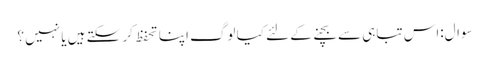
سوال:اس تباہی سے بچنے کے لئے کیا لوگ اپنا تحفظ کر سکتے ہیں یا نہیں ؟